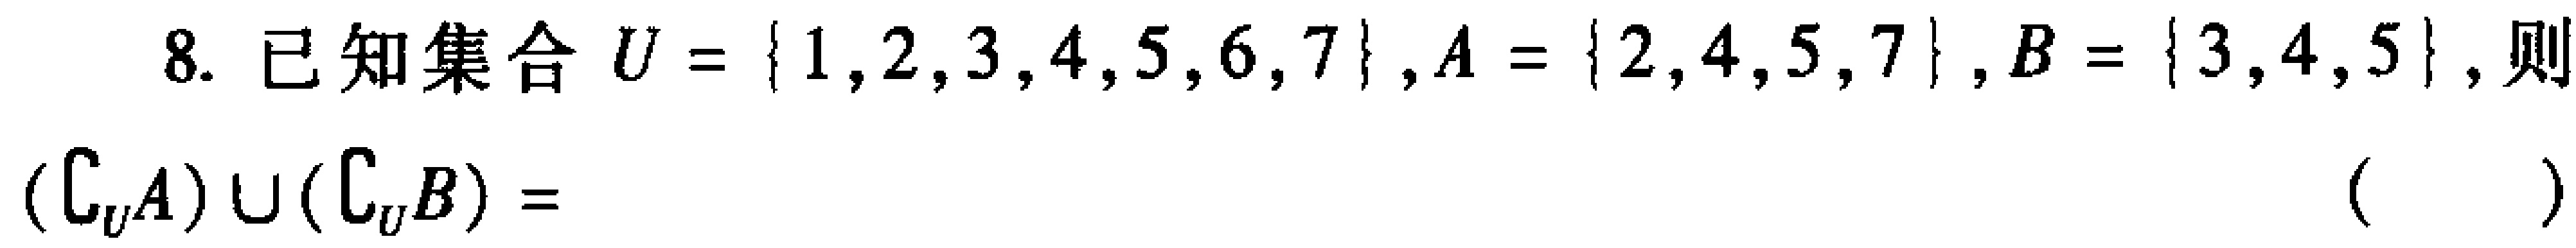
已知集合\(U = \{1,2,3,4,5,6,7\},A = \{2,4,5,7\},B = \{3,4,5\}\),则\((\complement_U A)\cup(\complement_U B) =\)（  ）